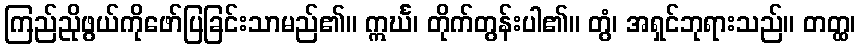
ကြည်ညိုဖွယ်ကိုဖော်ပြခြင်းသာမည်၏။ ဣင်္ဃ၊ တိုက်တွန်းပါ၏။ တွံ၊ အရှင်ဘုရားသည်။ တတ္ထ၊